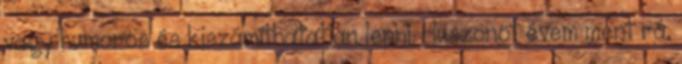
vagy humoros és kiszámíthatatlan lenni. Huszonöt évem ment rá,